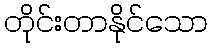
တိုင်းတာနိုင်သော